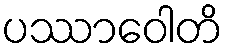
ပဿာဝေါတိ